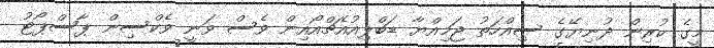
މީގެ ކުރިން ދުނިޔޭގެ ސިއްހަތު ޖަމިއްޔާ ޑަބްލިއުއެޗްއޯއިން ވެސް ވަނީ ވެކްސިން ޕާސްޕޯޓު